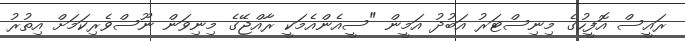
ރައީސް އޮފީހުގެ މިނިސްޓަރު އަބުދު އަމީން "ސީއެންއެމަކީ ރާއްޖޭގެ މިނިވަން ނޫސްވެރިކަމަށް އިތުރު